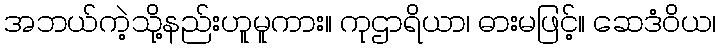
အဘယ်ကဲ့သို့နည်းဟူမူကား။ ကုဌာရိယာ၊ ဓားမဖြင့်။ ဆေဒံဝိယ၊